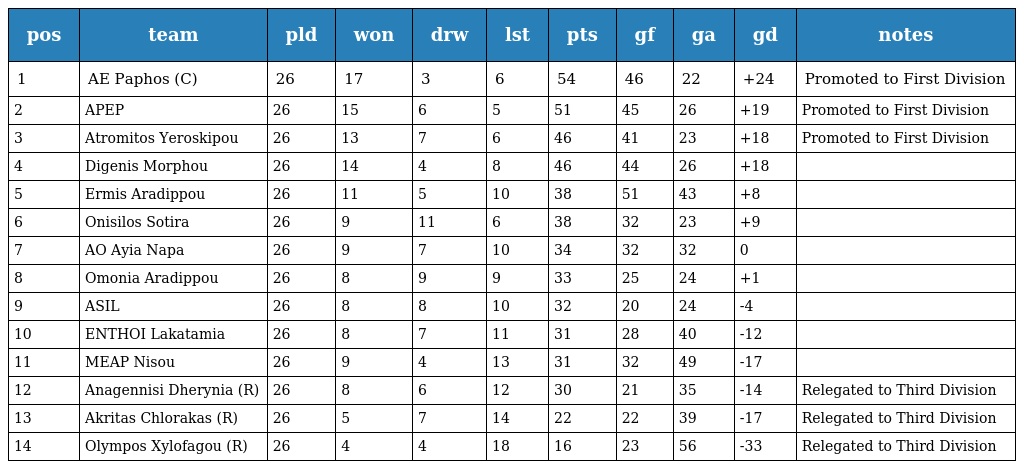
| pos | team | pld | won | drw | lst | pts | gf | ga | gd | notes |
 | --- | --- | --- | --- | --- | --- | --- | --- | --- | --- | --- |
 | 1 | AE Paphos (C) | 26 | 17 | 3 | 6 | 54 | 46 | 22 | +24 | Promoted to First Division |
 | 2 | APEP | 26 | 15 | 6 | 5 | 51 | 45 | 26 | +19 | Promoted to First Division |
 | 3 | Atromitos Yeroskipou | 26 | 13 | 7 | 6 | 46 | 41 | 23 | +18 | Promoted to First Division |
 | 4 | Digenis Morphou | 26 | 14 | 4 | 8 | 46 | 44 | 26 | +18 |  |
 | 5 | Ermis Aradippou | 26 | 11 | 5 | 10 | 38 | 51 | 43 | +8 |  |
 | 6 | Onisilos Sotira | 26 | 9 | 11 | 6 | 38 | 32 | 23 | +9 |  |
 | 7 | AO Ayia Napa | 26 | 9 | 7 | 10 | 34 | 32 | 32 | 0 |  |
 | 8 | Omonia Aradippou | 26 | 8 | 9 | 9 | 33 | 25 | 24 | +1 |  |
 | 9 | ASIL | 26 | 8 | 8 | 10 | 32 | 20 | 24 | -4 |  |
 | 10 | ENTHOI Lakatamia | 26 | 8 | 7 | 11 | 31 | 28 | 40 | -12 |  |
 | 11 | MEAP Nisou | 26 | 9 | 4 | 13 | 31 | 32 | 49 | -17 |  |
 | 12 | Anagennisi Dherynia (R) | 26 | 8 | 6 | 12 | 30 | 21 | 35 | -14 | Relegated to Third Division |
 | 13 | Akritas Chlorakas (R) | 26 | 5 | 7 | 14 | 22 | 22 | 39 | -17 | Relegated to Third Division |
 | 14 | Olympos Xylofagou (R) | 26 | 4 | 4 | 18 | 16 | 23 | 56 | -33 | Relegated to Third Division |